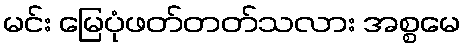
မင်း မြေပုံဖတ်တတ်သလား အစ္စမေ